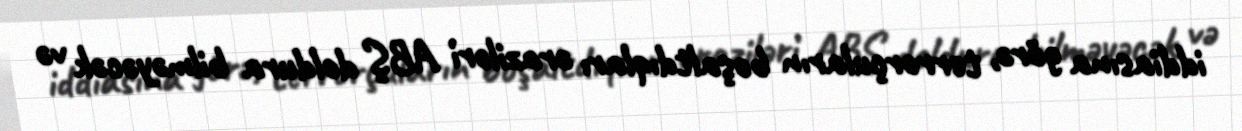
iddiasına görə, terrorçuların boşaltdıqları əraziləri ABŞ doldura bilməyəcək və